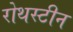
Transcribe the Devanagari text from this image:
रोथस्टीन